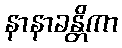
နာနာခန္တိကာ